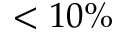
< 1 0 \%